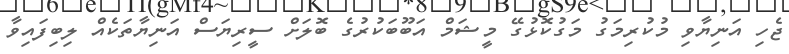
ޖެހި އަނިޔާވި މުކުރިމަގު މަގުކޮޅުގޭ މީޝަމް އަބޫބަކުރުގެ ބޮލަށް ސީރިޔަސް އަނިޔާތަކެއް ލިބިފައިވާ